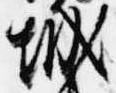
城